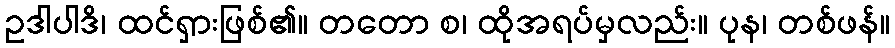
ဥဒါပါဒိ၊ ထင်ရှားဖြစ်၏။ တတော စ၊ ထိုအရပ်မှလည်း။ ပုန၊ တစ်ဖန်။